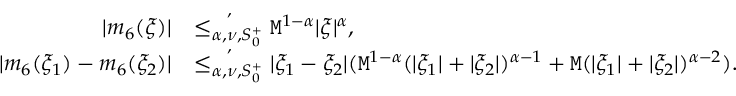
\begin{array} { r l } { | m _ { 6 } ( \xi ) | } & { \overset { , } { \le _ { \alpha , \nu , S _ { 0 } ^ { + } } } \mathtt { M } ^ { 1 - \alpha } | \xi | ^ { \alpha } , } \\ { | m _ { 6 } ( \xi _ { 1 } ) - m _ { 6 } ( \xi _ { 2 } ) | } & { \overset { , } { \le _ { \alpha , \nu , S _ { 0 } ^ { + } } } | \xi _ { 1 } - \xi _ { 2 } | ( \mathtt { M } ^ { 1 - \alpha } ( | \xi _ { 1 } | + | \xi _ { 2 } | ) ^ { \alpha - 1 } + \mathtt { M } ( | \xi _ { 1 } | + | \xi _ { 2 } | ) ^ { \alpha - 2 } ) . } \end{array}